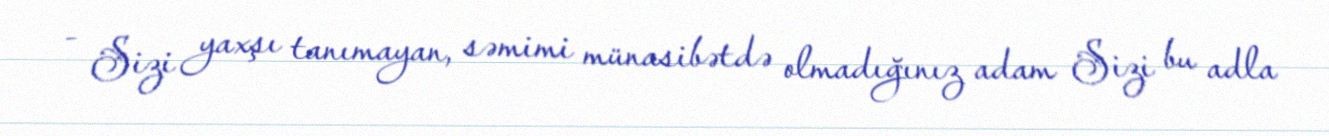
- Sizi yaxşı tanımayan, səmimi münasibətdə olmadığınız adam Sizi bu adla